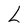
Character: L